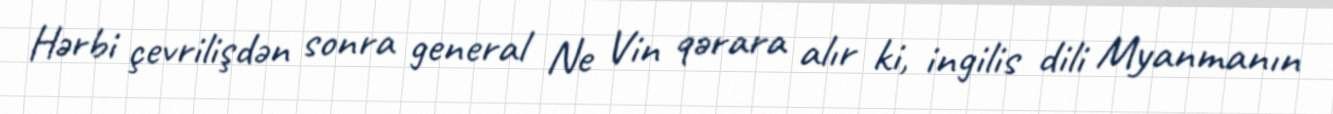
Hərbi çevrilişdən sonra general Ne Vin qərara alır ki, ingilis dili Myanmanın